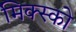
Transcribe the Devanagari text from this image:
मिक्स्को